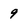
Character: 9